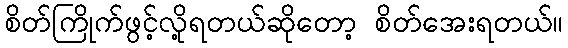
စိတ်ကြိုက်ဖွင့်လို့ရတယ်ဆိုတော့ စိတ်အေးရတယ်။